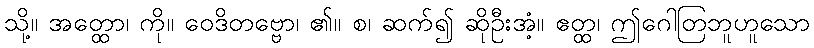
သို့။ အတ္ထော၊ ကို။ ဝေဒိတဗ္ဗော၊ ၏။ စ၊ ဆက်၍ ဆိုဦးအံ့။ ဧတ္ထ၊ ဤဂေါတြဘူဟူသော